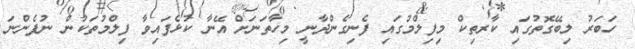
ހަބަރު ލިބޭގޮތުގައި ކާރތިކް މިފިލްމުގައި ފެނިގެންދާނީ މިހާތަނަށް އޭނާ ކުޅެފައިވާ ފިލްމުތަކުން ނުފެންނަ